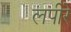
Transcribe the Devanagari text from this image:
लपीरे